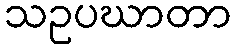
သဥပဃာတာ